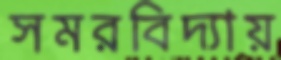
সমরবিদ্যায়